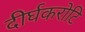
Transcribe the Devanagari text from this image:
दीर्घकरोटि